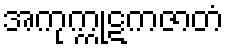
အကုက္ကုဋကဇာတံ